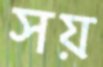
সয়